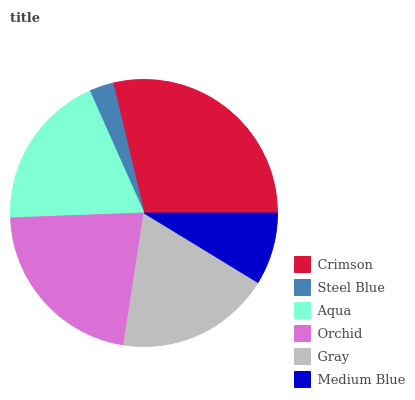
| Crimson | Steel Blue | Aqua | Orchid | Gray | Medium Blue |
 | --- | --- | --- | --- | --- | --- |
 | 28.8% | 2.94% | 18.9% | 21.9% | 18.8% | 8.71% |